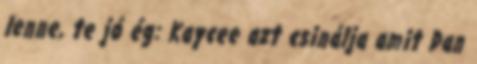
lenne, te jó ég: Kaycee azt csinálja amit Dan